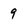
Character: 9